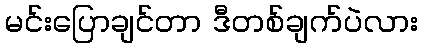
မင်းပြောချင်တာ ဒီတစ်ချက်ပဲလား